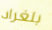
بلغراد